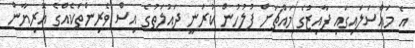
އެ މައްސަލައިގައި ފާއިޒުގެ މައްޗަށް ފުލުހުން ކުރަނީ ދައުލަތުގެ އިސް ވެރިންތަކެއްގެ އޮރިޔާން